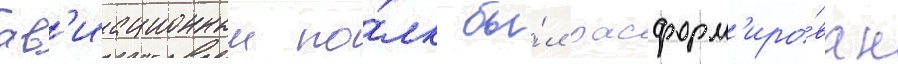
ав'иационныи по́лк бы́л расформ'иро́ван